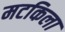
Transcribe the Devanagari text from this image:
मटकिला